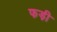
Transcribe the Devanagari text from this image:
फड़ी